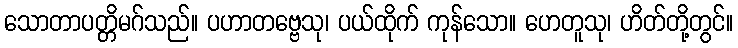
သောတာပတ္တိမဂ်သည်။ ပဟာတဗ္ဗေသု၊ ပယ်ထိုက် ကုန်သော။ ဟေတူသု၊ ဟိတ်တို့တွင်။